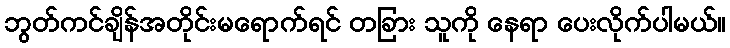
ဘွတ်ကင်ချိန်အတိုင်းမရောက်ရင် တခြား သူကို နေရာ ပေးလိုက်ပါမယ်။